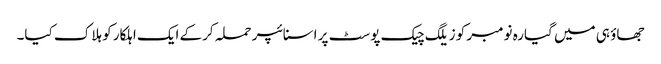
جھاؤ ہی میں گیارہ نومبر کو زیلگ چیک پوسٹ پر اسنائپر حملہ کرکے ایک اہلکار کو ہلاک کیا۔